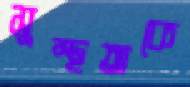
সুস্থতাকে